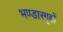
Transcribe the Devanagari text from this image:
भण्डारगृहों